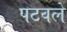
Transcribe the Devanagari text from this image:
पटवले